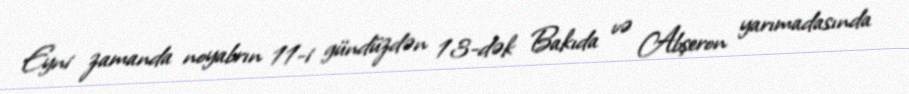
Eyni zamanda noyabrın 11-i gündüzdən 13-dək Bakıda və Abşeron yarımadasında